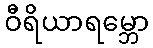
ဝီရိယာရမ္ဘော